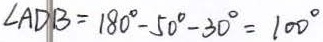
\angle A D B = 1 8 0 ^ { \circ } - 5 0 ^ { \circ } - 3 0 ^ { \circ } = 1 0 0 ^ { \circ }